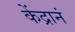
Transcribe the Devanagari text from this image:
केंद्रानं